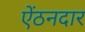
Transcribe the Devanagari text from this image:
ऐंठनदार